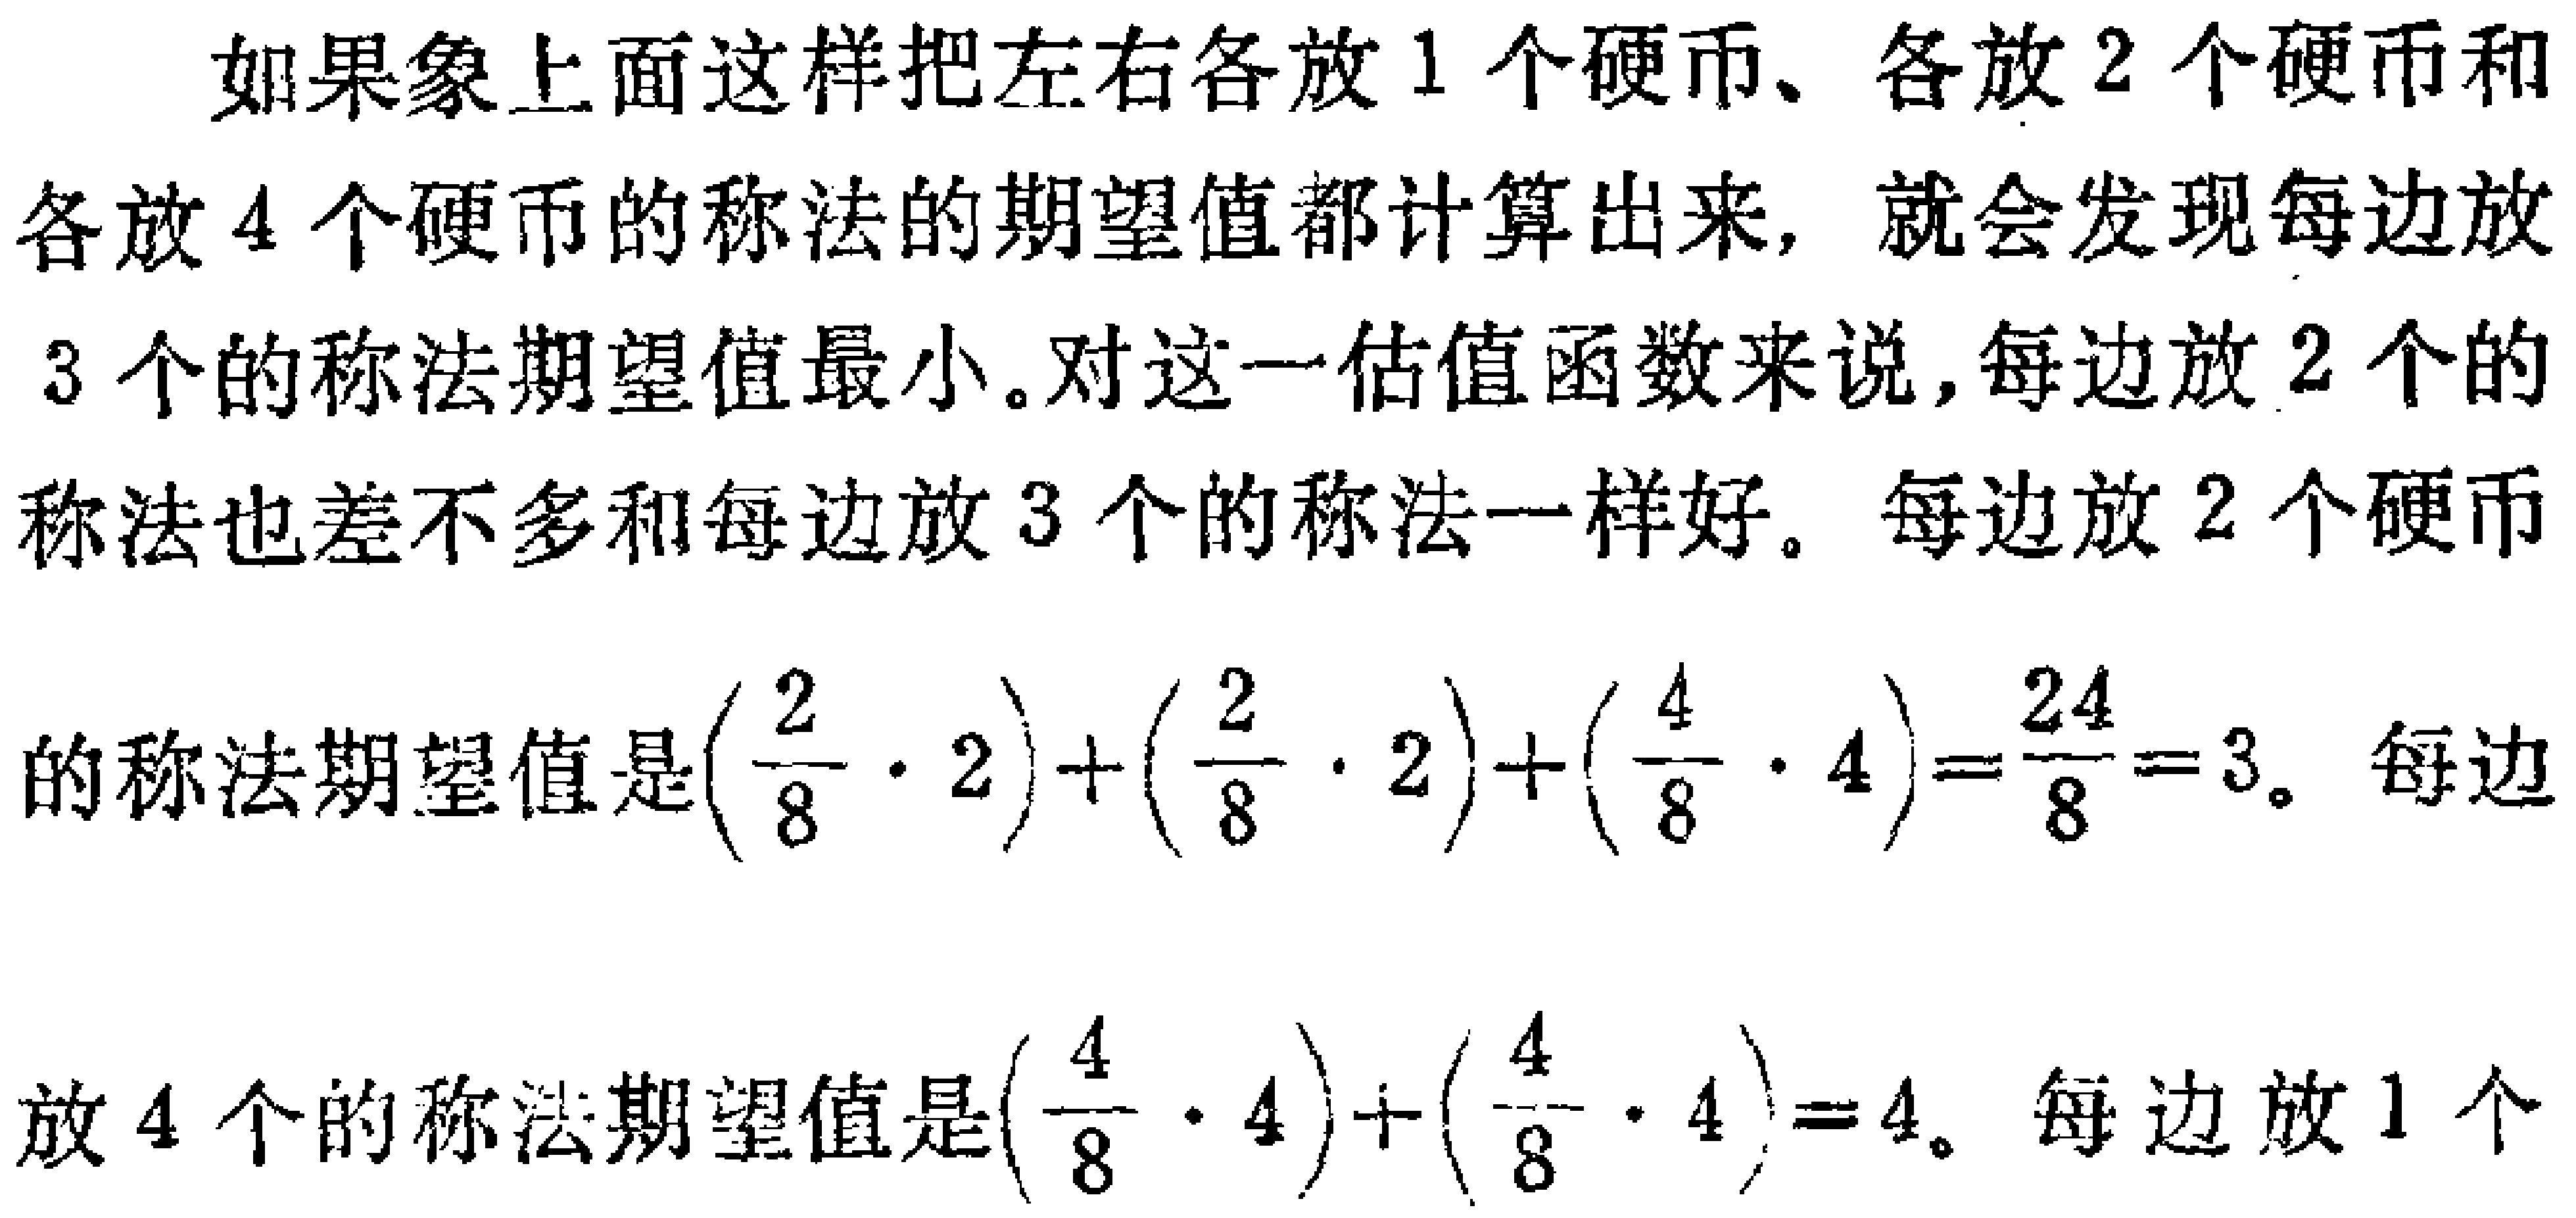
如果象上面这样把左右各放 1 个硬币、各放 2 个硬币和各放 4 个硬币的称法的期望值都计算出来, 就会发现每边放 3 个的称法期望值最小。对这一估值函数来说,每边放 2 个的称法也差不多和每边放 3 个的称法一样好。每边放 2 个硬币的称法期望值是\((\frac{2}{8} \cdot 2)+(\frac{2}{8} \cdot 2)+(\frac{4}{8} \cdot 4)=\frac{24}{8}=3\)。每边放 4 个的称法期望值是\((\frac{4}{8} \cdot 4)+(\frac{4}{8} \cdot 4)=4\)。每边放 1 个